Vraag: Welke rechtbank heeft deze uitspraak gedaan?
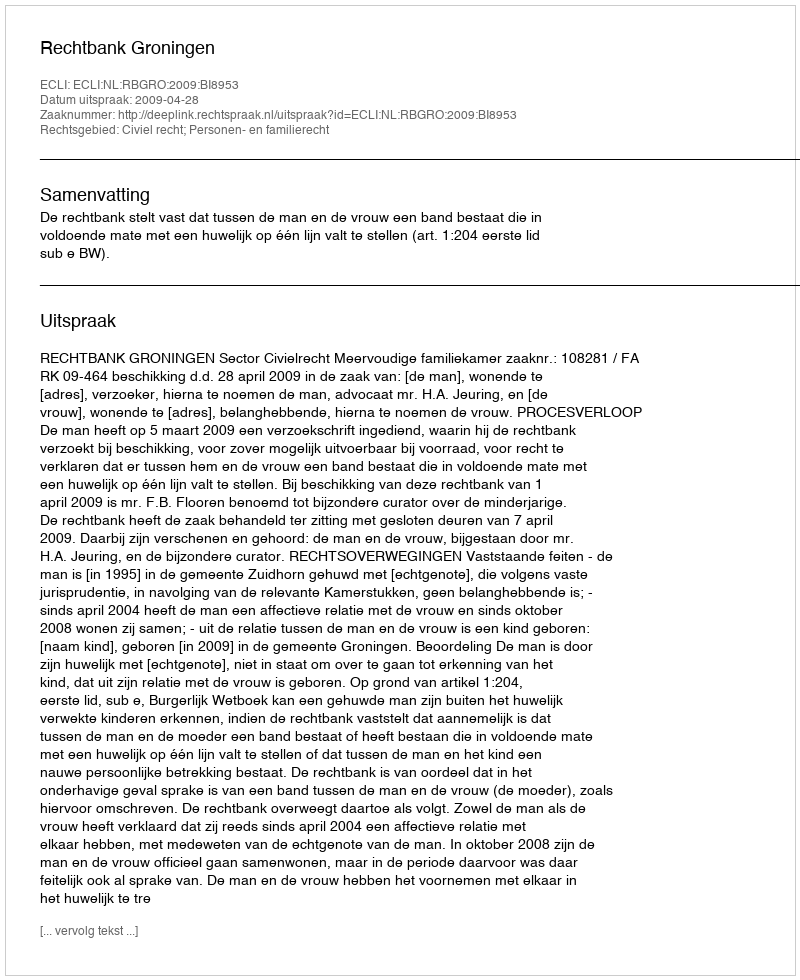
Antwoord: Rechtbank Groningen